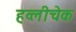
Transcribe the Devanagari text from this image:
हव्लीचेक